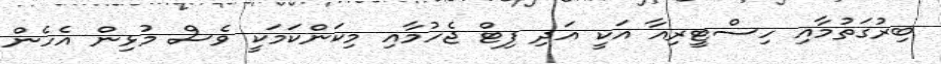
ބިރުގަތުމާއި ހިސްޓީރިއާ އަކީ އަދި ފިޓް ޖެހުމާއި މިކަންކަމަކީ ވެސް މުޅިން އެހެން